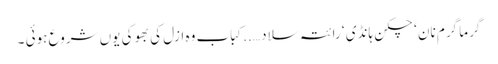
گرما گرم نان ‘ چکن ہانڈی ‘ رائتہ سلاد …..کباب وہ ازل کی بھوکی یوں شروع ہوئی ۔